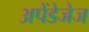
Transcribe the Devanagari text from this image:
अपेंडेजेज